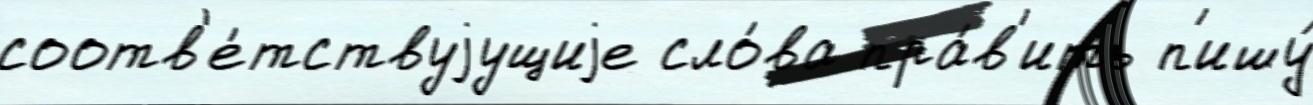
соотв'е́тствуjущиjе сло́ва пра́в'ить п'ишу́